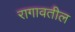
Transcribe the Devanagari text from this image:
रागावतील